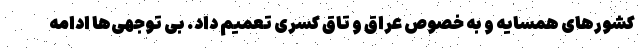
کشورهای همسایه و به خصوص عراق و تاق کسری تعمیم داد. بی توجهی‌ها ادامه